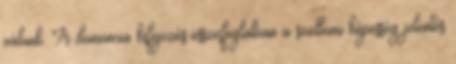
válunk. A demencia kifejezés összefoglalóan a szellemi képesség jelentős